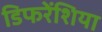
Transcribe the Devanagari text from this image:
डिफरेंशिया